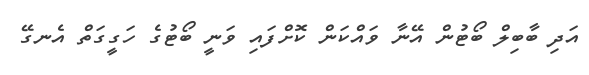
އަދި ބާބިލް ބޯޓުން އޭނާ ވައްކަން ކޮށްފައި ވަނީ ބޯޓުގެ ހަގީގަތް އެނގޭ